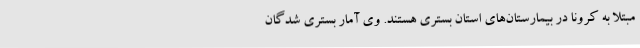
مبتلا به کرونا در بیمارستان‌های استان بستری هستند. وی آمار بستری شدگان